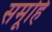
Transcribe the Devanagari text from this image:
समूहि